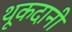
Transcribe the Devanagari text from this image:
थूकदानी